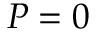
P = 0